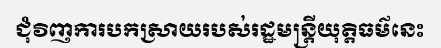
ជុំវិញការបកស្រាយរបស់រដ្ឋមន្ត្រីយុត្តិធម៌នេះ